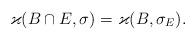
LaTeX: \begin{align*} \varkappa (B\cap E, \sigma) =\varkappa (B, \sigma_E). \end{align*}